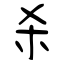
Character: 杀